Civil Veterinary Department. Madras. Admin. report 1926-33 - 1926-1933
Year: 1926
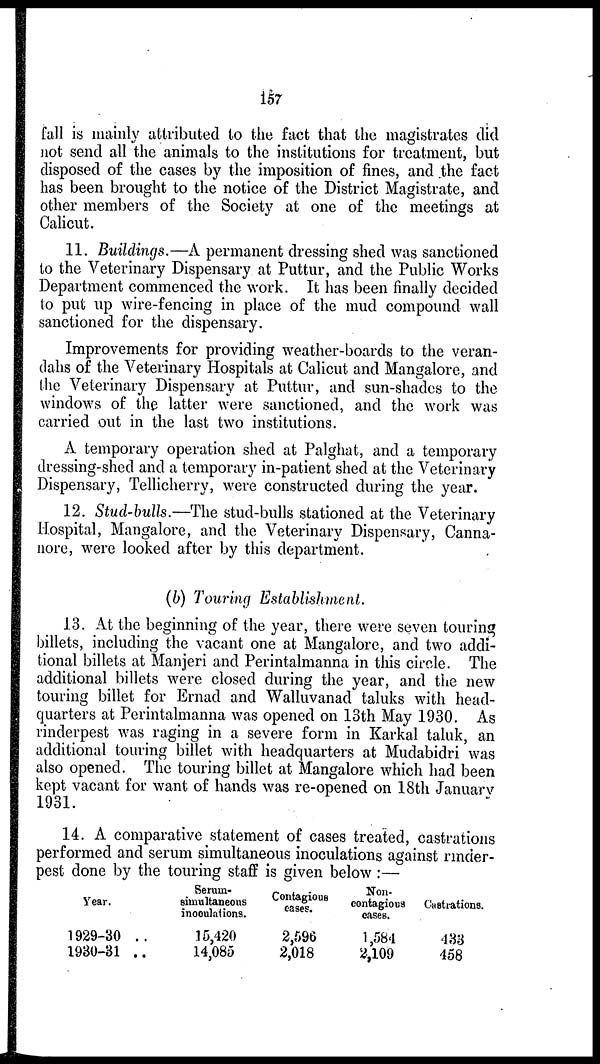
157
fall is mainly attributed to the fact that the magistrates did
not send all the animals to the institutions for treatment, but
disposed of the cases by the imposition of fines, and the fact
has been brought to the notice of the District Magistrate, and
other members of the Society at one of the meetings at
Calicut.
11. Buildings.—A permanent dressing shed was sanctioned
to the Veterinary Dispensary at Puttur, and the Public Works
Department commenced the work. It has been finally decided
to put up wire-fencing in place of the mud compound wall
sanctioned for the dispensary.
Improvements for providing weather-boards to the veran-
dahs of the Veterinary Hospitals at Calicut and Mangalore, and
the Veterinary Dispensary at Puttur, and sun-shades to the
windows of the latter were sanctioned, and the work was
carried out in the last two institutions.
A temporary operation shed at Palghat, and a temporary
dressing-shed and a temporary in-patient shed at the Veterinary
Dispensary, Tellicherry, were constructed during the year.
12. Stud-bulls.—The stud-bulls stationed at the Veterinary
Hospital, Mangalore, and the Veterinary Dispensary, Canna-
nore, were looked after by this department.
(b) Touring Establishment.
13. At the beginning of the year, there were seven touring
billets, including the vacant one at Mangalore, and two addi-
tional billets at Manjeri and Perintalmanna in this circle. The
additional billets were closed during the year, and the new
touring billet for Ernad and Walluvanad taluks with head-
quarters at Perintalmanna was opened on 13th May 1930. As
rinderpest was raging in a severe form in Karkal taluk, an
additional touring billet with headquarters at Mudabidri was
also opened. The touring billet at Mangalore which had been
kept vacant for want of hands was re-opened on 18th January
1931.
14. A comparative statement of cases treated, castrations
performed and serum simultaneous inoculations against rinder-
pest done by the touring staff is given below :—
Year.
1929-30 ..
1930-31 ..
Serum-
simultaneous
inoculations.
15,420
14,085
Contagious
cases.
2,596
2,018
Non-
contagious
cases.
1,584
2,109
Castrations.
133
458